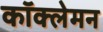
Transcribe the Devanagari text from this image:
कॉक्लेमन